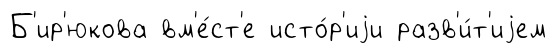
Б'ир'юкова вм'е́ст'е исто́р'иjи разв'и́т'иjем